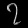
Digit: ၇